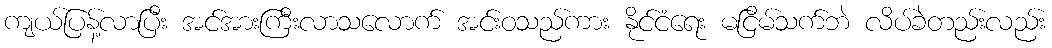
ကျယ်ပြန့်လာပြီး အင်အားကြီးလာသလောက် အင်းဝသည်ကား နိုင်ငံရေး မငြိမ်သက်ဘဲ လိပ်ခဲတည်းလည်း